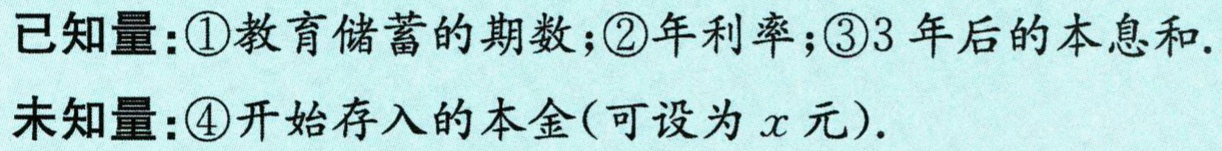
已知量：\textcircled{1}教育储蓄的期数；\textcircled{2}年利率；\textcircled{3}3年后的本息和.
未知量：\textcircled{4}开始存入的本金(可设为\(x\)元).